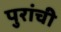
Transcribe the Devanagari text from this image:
पुरांची